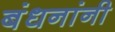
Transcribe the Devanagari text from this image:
बंधनांनी